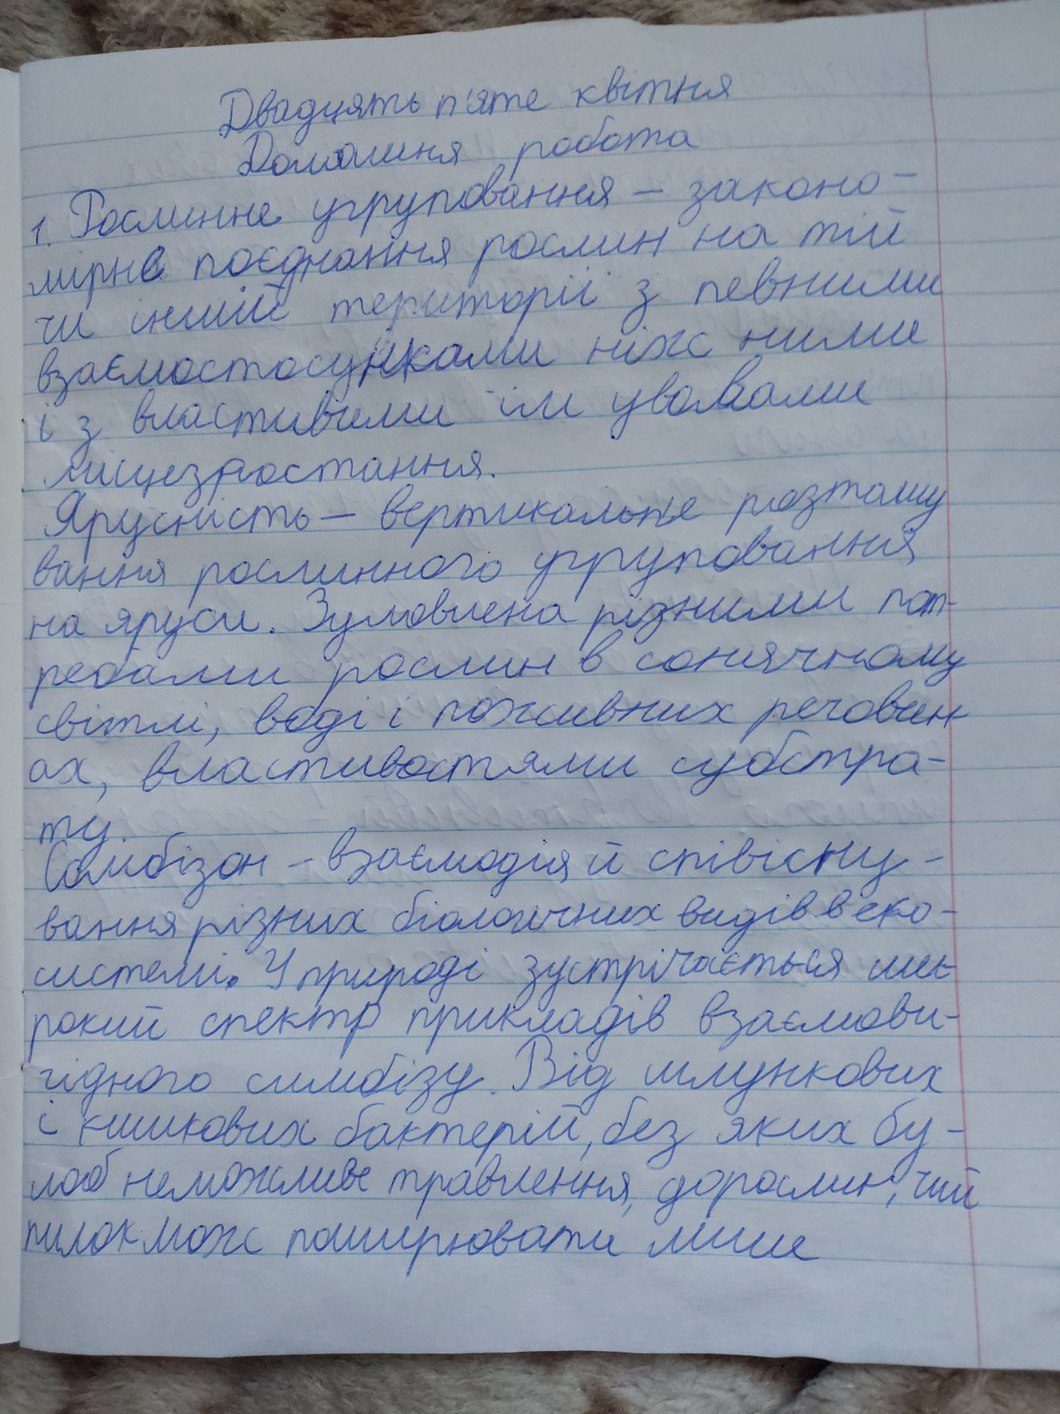
Двадцять п'яте квітня
Домашня робота
1. Рослинне угруповання - законо-
чи іншій території з певними
взаємостосунки між ними
і з властивими їм умовами
місцезростання.
Ярусність - вертикальне розташу
вання рослинного угруповання
на яруси. Зумовлена різними пот
ребами рослин в сонячному
світи, води і поживних речовин
ах, властивостями субстра -
ту
Сомбізон - взаємодія й співісну -
вання різних біологічних видів в еко-
системі. У природі зустрічається ши
рокий спектр прикладів взаємови-
гідного симбізу. Вид шлункових
і кишкових бактерій, без яких бу-
ло б неможливе травлення, дорослих, чий
пилок може поширювати лише